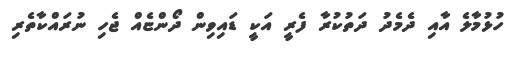
ހުޅުމާލެ އާއި ދެމެދު ދަތުކުރާ ފެރީ އަކީ ޑައިވިން ދޯންޏެއް ޖެހި ނުރައްކާތެރި